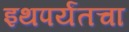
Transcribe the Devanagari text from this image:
इथपर्यंतचा